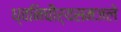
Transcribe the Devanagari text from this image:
ध्वनिचौर्यसमजले